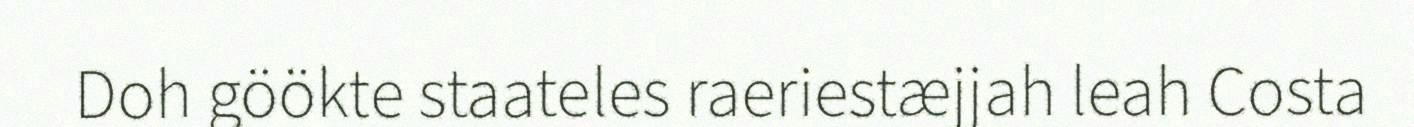
Doh göökte staateles raeriestæjjah leah Costa